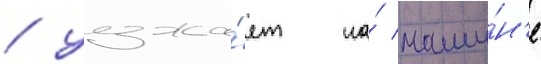
/ уезжа́ет на́ маши́н'е